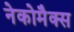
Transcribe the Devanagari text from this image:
नेकोमैक्स